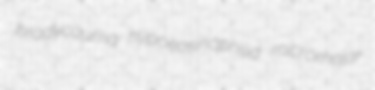
bradycauma hypoeosinophilia micromolar